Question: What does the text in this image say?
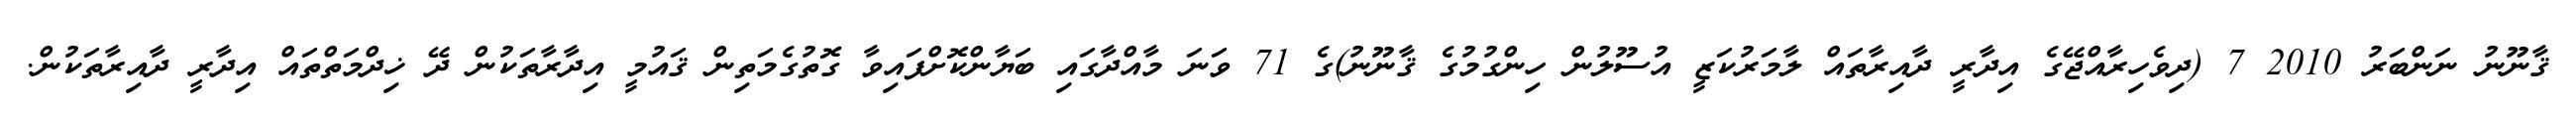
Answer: ޤާނޫނު ނަންބަރު 2010 7 (ދިވެހިރާއްޖޭގެ އިދާރީ ދާއިރާތައް ލާމަރުކަޒީ އުސޫލުން ހިންގުމުގެ ޤާނޫނު)ގެ 71 ވަނަ މާއްދާގައި ބަޔާންކޮށްފައިވާ ގޮތުގެމަތިން ޤައުމީ އިދާރާތަކުން ދޭ ޚިދްމަތްތައް އިދާރީ ދާއިރާތަކުން.